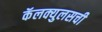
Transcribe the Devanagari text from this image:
कॅलक्युलसची